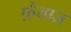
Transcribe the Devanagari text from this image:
फ़ैयाज़